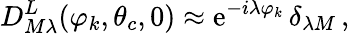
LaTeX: D_{M\lambda}^{L}(\varphi_{k},\theta_{c},0)\approx\mathrm{e}^{-i\lambda\varphi_{k}}\, \delta_{\lambda M}\, ,